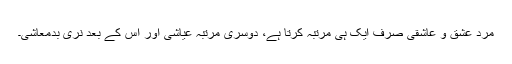
مرد عشق و عاشقی صرف ایک ہی مرتبہ کرتا ہے، دوسری مرتبہ عیاشی اور اس کے بعد نری بدمعاشی۔